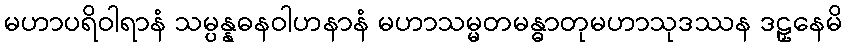
မဟာပရိဝါရာနံ သမ္ပန္နဓနဝါဟနာနံ မဟာသမ္မတမန္ဓာတုမဟာသုဒဿန ဒဠှနေမိ